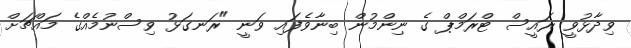
ވިދާޅުވީ ރައީސް ޓްރަމްޕް ގެ ނިންމުން ބިނާވެފައި ވަނީ "ރަނގަޅު ވިސްނުމެއްގެ މައްޗަށް